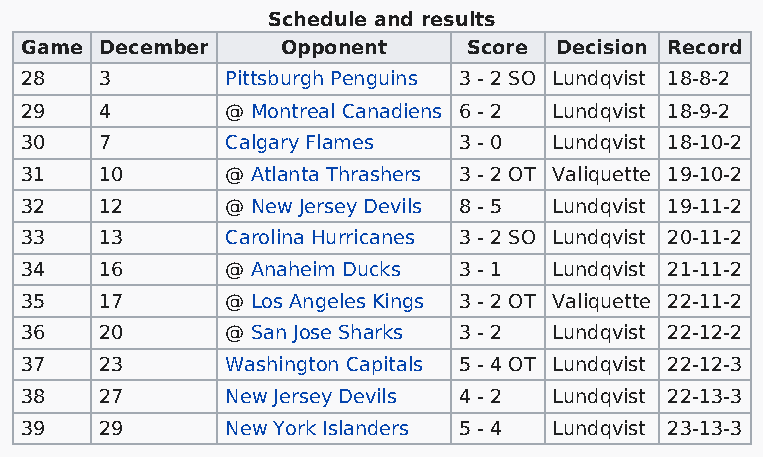
Schedule and results
 Game  December    Opponent    Score Decision Record
 28    3       Pittsburgh Penguins 3 - 2 SO Lundqvist 18-8-2
 29    4       @ Montreal Canadiens 6 - 2 Lundqvist 18-9-2
 30    7       Calgary Flames 3 - 0  Lundqvist 18-10-2
 31    10      @ Atlanta Thrashers 3 - 2 OT Valiquette 19-10-2
 32    12      @ New Jersey Devils 8 - 5 Lundqvist 19-11-2
 33    13      Carolina Hurricanes 3 - 2 SO Lundqvist 20-11-2
 34    16      @ Anaheim Ducks 3 - 1 Lundqvist 21-11-2
 35    17      @ Los Angeles Kings 3 - 2 OT Valiquette 22-11-2
 36    20      @ San Jose Sharks 3 - 2 Lundqvist 22-12-2
 37    23      Washington Capitals 5 - 4 OT Lundqvist 22-12-3
 38    27      New Jersey Devils 4 - 2 Lundqvist 22-13-3
 39    29      New York Islanders 5 - 4 Lundqvist 23-13-3